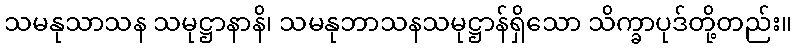
သမနုသာသန သမုဋ္ဌာနာနိ၊ သမနုဘာသနသမုဋ္ဌာန်ရှိသော သိက္ခာပုဒ်တို့တည်း။